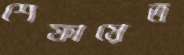
শেফায়েত